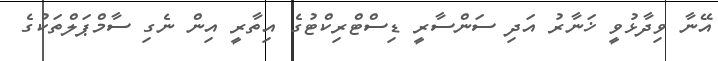
އޭނާ ވިދާޅުވީ ޚަނާރު އަދި ސަންސާރީ ޑިސްޓްރިކްޓުގެ އިތާރީ އިން ނެގި ސާމްޕަލްތަކުގެ